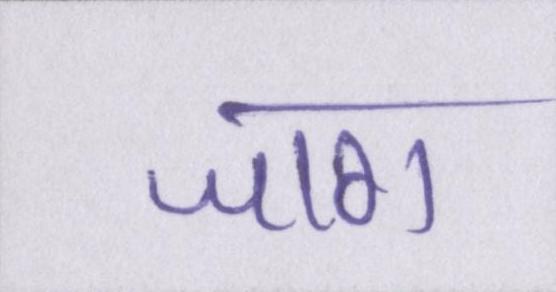
जाग